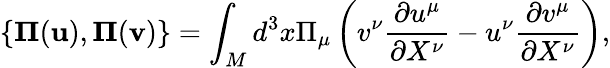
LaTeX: {}\{ {\mathbf\Pi}({\mathbf u}),{\mathbf\Pi}({\mathbf v})\} =\int_{M}d^{3}x\Pi_{\mu}\left(v^{\nu}\frac{\partial u^{\mu}}{\partial X^{\nu}}-u^{\nu}\frac{\partial v^{\mu}}{\partial X^{\nu}}\right),